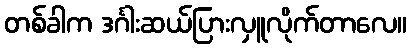
တစ်ခါက ဒင်္ဂါးဆယ်ပြားလှူလိုက်တာလေ။